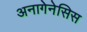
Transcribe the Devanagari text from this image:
अनागेनेसिस